Scottish Certificate of Education, 1963
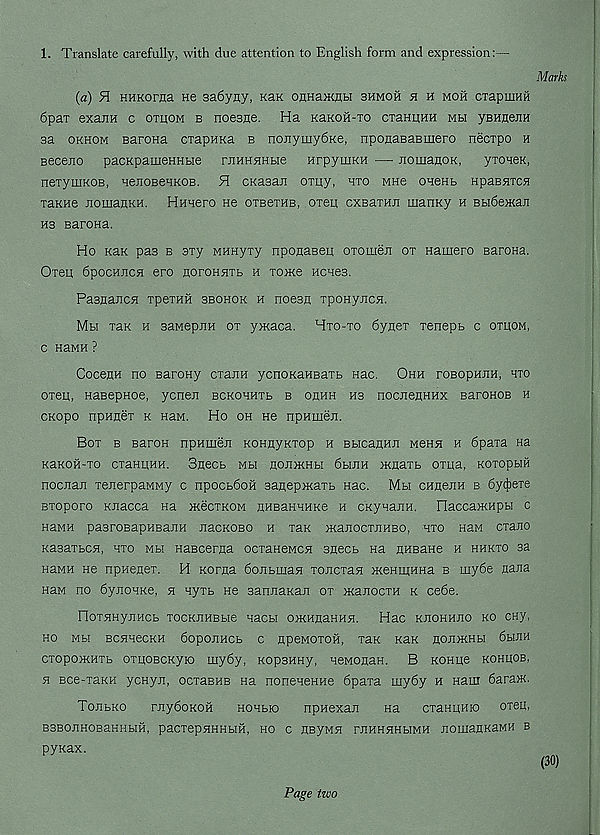
1. Translate carefully, with due attention to English form and expression:—
Marks
(a) 51 HHKorna ne 3a6yny, kek onHanmH shmoh h h moh CTapiuHil
6pax exajiH c othom b noesne. Ha KaKOH-io cxaHinHH mbi yBHnejiH
sa okhom BaroHa cxapHKa b nojiymy6Ke, nponaBaBiijero necxpo h
Beceno pacKpameHHbie rjiHHHHbie HrpyuiKH — nomaaoK,
yxoaeK,
nexymKOB, HenoBCHKOB. 51 cKasan oxuy, hxo mhc onenb HpaBaxca
xaKHe nomanKH. HHaero He oxsexuB, oxeu cxBaxHJi manKy h Bbidextan
H3 Barona.
Ho Kax pas b sxy MHHyxy npoHaseq oxomen ox Hauiero BaroHa.
Oxeu 6pochjich ero noroHHXb h xoxte Hones.
PasnancH xpexHH sbohok h noesn xponyircH.
Mh xax h sawepnH ox ymaca. Hto-to 6ynex xenepb c oxqoM,
C HaMH ?
CoceHH no Barony cxanH ycnoKaHBaxb nac. Ohh roBopHJiH, hto
oxeq, HaBepnoe, ycnen bckohhxb b ohhh hs nocnenHHX BaronoB h
CKopo npunex k HaM. Ho oh He npHmen.
Box b BaroH npHqjen KOHnyKxop h BbicanHii mchh h 6paxa Ha
KaKofi-xo cxanqHH. Btiecb mh non>KHbi 6hjih xtnaxb oxqa, Koxopbm
nocjiaji xenerpaMMy c npocb6oH sanepxtaxb Hac. Mbi cHtiejiH b dy^exe
Bxoporo Knacca Ha xtecxKOM HHBaHHHKe h cKyHanH. Hacca>KHpbi c
naMH pasroBapHBaiiH nacKOBO h xax xtanocxjiHBO, hxo nan cxano
KasaxbCH, hxo mm naBceraa ocxaneMCH snecb Ha nHsane h hhkxo sa
naMH He npHenex. H Korna 6ojibmaH xoncxaa xteHtqHHa b my6e naJia
HaM no 6yjiOHKe, h nyxb He sanJiaKaii ox jKajiocxH k cede.
IIoxHHyjiHCb xocKJiHBbie nacbi oxtHnaHHH. Hac kjiohhjio ko cny,
HO Mbi BCHHeCKH dopOHHCb C HpeMOXOH, XaK KaK flOJlJKHbl 6bIHH
cxopo>KHXb oxqoBCKyio my6y, KopsHHy, HeMonan. B KOHqe kohuob,
h Bce-xaKH ycHyn, ocxaBHB na noneneHHe 6paxa my6y h Haur daraw.
TonbKO
rJiydoKOH
nonbio
npHexan
na cxaHqHio oxeq,
BSBOJIHOBaHHblH, pacxepHHHMH, HO C JtByMH TJlHHHHblMH JIOUiaKKaMH B
pyxax.
Page two